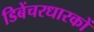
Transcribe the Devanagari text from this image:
डिबेंचरधारकों